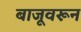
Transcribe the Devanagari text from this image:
बाजूवरून